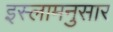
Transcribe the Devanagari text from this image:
इस्लामनुसार